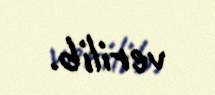
verilib.